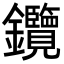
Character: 𨰲